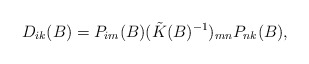
\begin{align*}D_{ik}(B)=P_{im}(B)(\tilde{K} (B)^{-1})_{mn}P_{nk} (B),\end{align*}